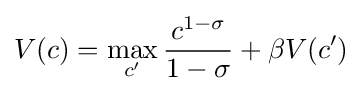
V(c)=\max _{c'}{\frac {c^{1-\sigma }}{1-\sigma }}+\beta V(c')